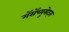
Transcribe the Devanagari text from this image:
मॅसॅच्युसेट्‌स